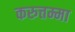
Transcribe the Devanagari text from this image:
करुत्तम्मा